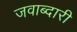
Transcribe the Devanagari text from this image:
जवाब्दारी